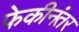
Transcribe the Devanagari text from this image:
फेकीनंतर